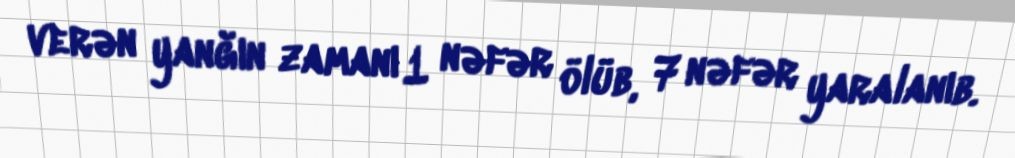
verən yanğın zamanı 1 nəfər ölüb, 7 nəfər yaralanıb.